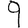
Digit: 9